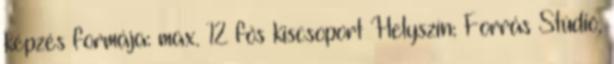
képzés formája: max. 12 fős kiscsoport Helyszín: Forrás Stúdió,